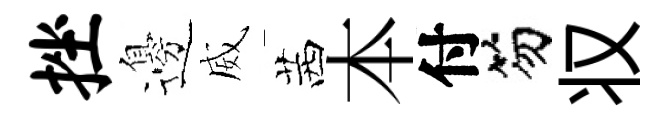
挫邊威茜本付笏𠬧